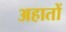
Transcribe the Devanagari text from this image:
अहातों